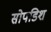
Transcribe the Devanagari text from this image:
सोपडिश